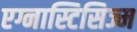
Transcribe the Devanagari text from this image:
एग्नास्टिसिज्म